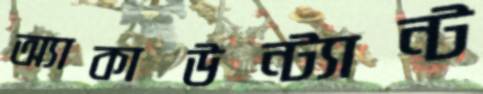
অ্যাকাউন্ট্যান্ট